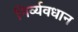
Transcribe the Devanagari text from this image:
निर्व्यवधान